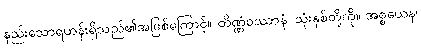
နည်းသောရဟန်းရှိသည်၏အဖြစ်ကြောင့်။ တိဏ္ဏံဝဿာနံ၊ သုံးနှစ်တို့ကို။ အစ္စယေန၊